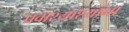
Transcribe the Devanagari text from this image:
प्रवाश्याश्यांना